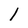
Character: l